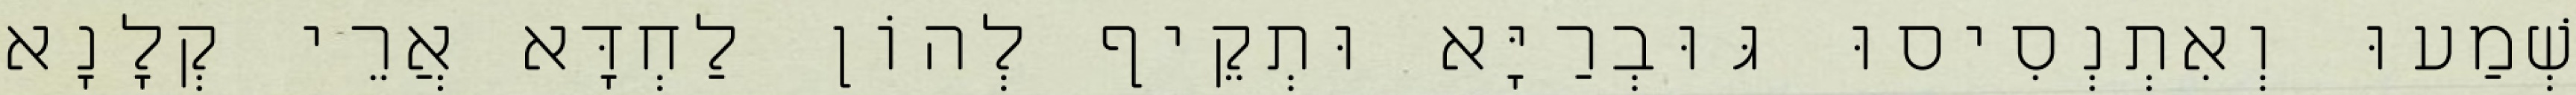
שְׁמַעוּ וְאִתְנְסִיסוּ גּוּבְרַיָּא וּתְקֵיף לְהוֹן לַחְדָּא אֲרֵי קְלָנָא